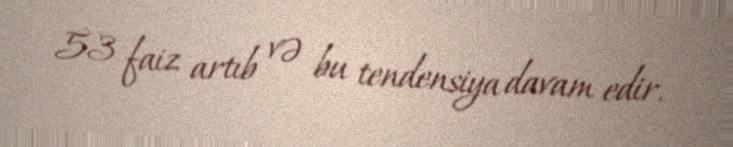
53 faiz artıb və bu tendensiya davam edir.